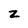
Character: z